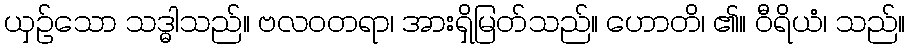
ယှဉ်သော သဒ္ဓါသည်။ ဗလဝတရာ၊ အားရှိမြတ်သည်။ ဟောတိ၊ ၏။ ဝီရိယံ၊ သည်။